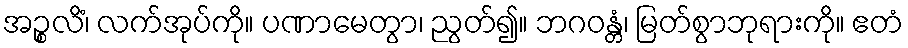
အဉ္စလိံ၊ လက်အုပ်ကို။ ပဏာမေတွာ၊ ညွတ်၍။ ဘဂဝန္တံ၊ မြတ်စွာဘုရားကို။ ဧတံ